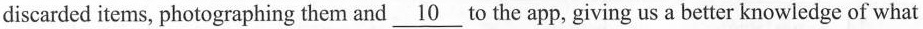
discarded items, photographing them and \underline{10} to the app. Giving us a betier knowledge of what